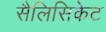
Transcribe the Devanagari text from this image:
सैलिसिकेट